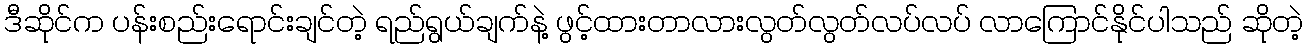
ဒီဆိုင်က ပန်းစည်းရောင်းချင်တဲ့ ရည်ရွယ်ချက်နဲ့ ဖွင့်ထားတာလားလွတ်လွတ်လပ်လပ် လာကြောင်နိုင်ပါသည် ဆိုတဲ့